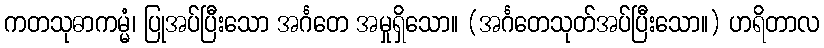
ကတသုဓာကမ္မံ၊ ပြုအပ်ပြီးသော အင်္ဂတေ အမှုရှိသော။ (အင်္ဂတေသုတ်အပ်ပြီးသော။) ဟရိတာလ